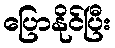
ပြောနိုင်ပြီး